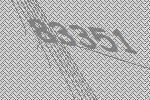
83351